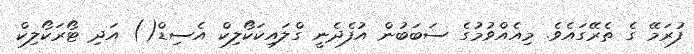
ފުރަމޭ ގެ ތެރޭގައެވެ. މިއެއްވުމުގެ ސަބަބުން އުފެދެނީ ގްލައިކަކޯލިކް އެސިޑް() އަދި ޓޯރަކޯލިކް